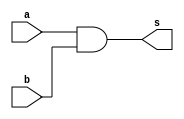
`timescale 1ns / 1ps
//////////////////////////////////////////////////////////////////////////////////
// Company: 
// Engineer: 
// 
// Design Name: 
// Module Name: andgate
// Project Name: 
// Target Devices: 
// Tool Versions: 
// Description: 
// 
// Dependencies: 
// 
// Revision:
// Revision 0.01 - File Created
// Additional Comments:
// 
//////////////////////////////////////////////////////////////////////////////////


module andgate(a,b,s);
input a,b;
output s;
assign s=a&b;
endmodule